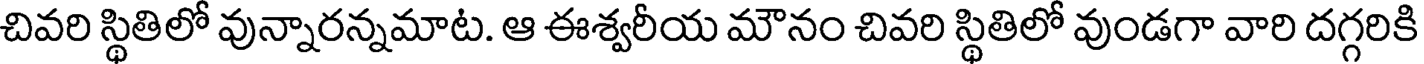
చివరి స్థితిలో వున్నారన్నమాట. ఆ ఈశ్వరీయ మౌనం చివరి స్థితిలో వుండగా వారి దగ్గరికి